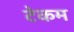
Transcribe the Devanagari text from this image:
टेकम